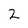
Character: 2